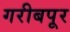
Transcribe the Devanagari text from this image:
गरीबपूर